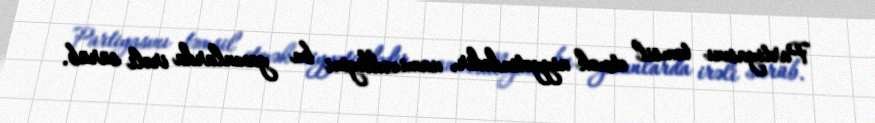
Partiyasını təmsil etmək niyyətindədir, namizədliyini bu yaxınlarda irəli sürüb.